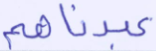
عبدناهم